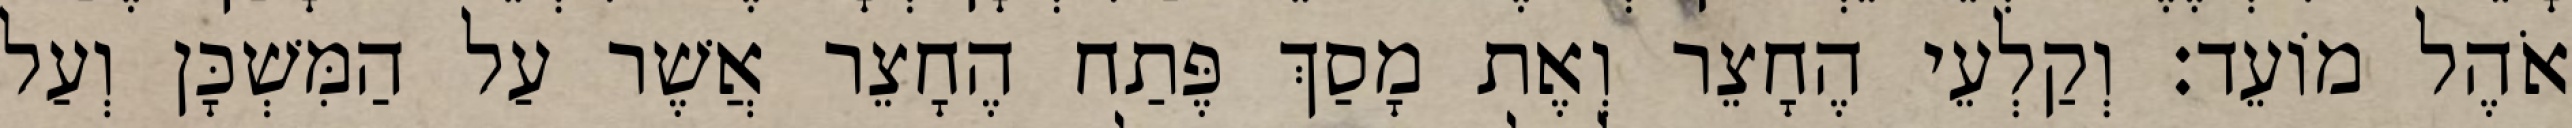
אֹהֶל מוֹעֵד׃ וְקַלְעֵי הֶחָצֵר וְאֶת מָסַךְ פֶּתַח הֶחָצֵר אֲשֶׁר עַל הַמִּשְׁכָּן וְעַל